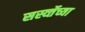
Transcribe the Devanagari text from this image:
सर्स्व्तेच्या